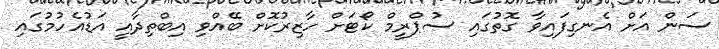
ސަން އަށް އެނގިފައިވާ ގޮތުގައި ސުޕްރީމް ކޯޓަށް ހާޒިރުކޮށް ބޭއްވި އިބްތިދާއީ އަޑުއެހުމުގައި